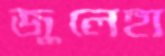
জুলেহা